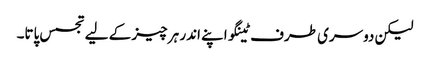
لیکن دوسری طرف ٹینگو اپنے اندر ہر چیز کے لیے تجسس پاتا۔